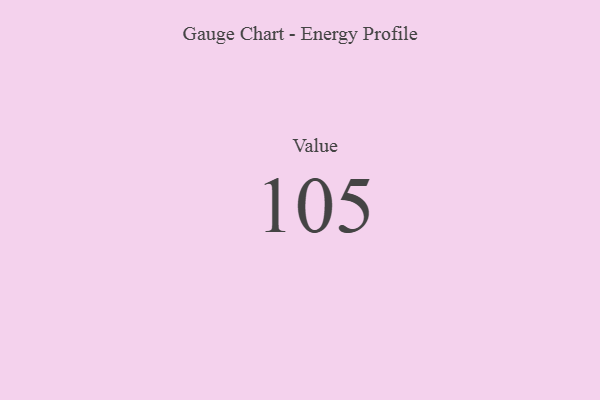
{"axis": {"x": "Metric", "y": "Value"}, "legend": [""], "data": [{"x": "Value", "y": 105, "type": ""}]}